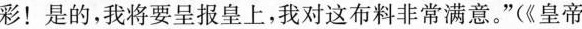
彩！是的，我将要呈报皇上，我对这布料非常满意。”(《皇帝